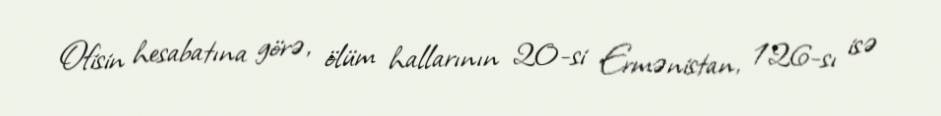
Ofisin hesabatına görə, ölüm hallarının 20-si Ermənistan, 126-sı isə